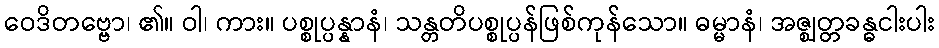
ဝေဒိတဗ္ဗော၊ ၏။ ဝါ၊ ကား။ ပစ္စုပ္ပန္နာနံ၊ သန္တတိပစ္စုပ္ပန်ဖြစ်ကုန်သော။ ဓမ္မာနံ၊ အဇ္ဈတ္တခန္ဓငါးပါး